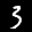
Label: 3